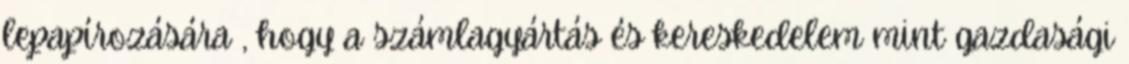
lepapírozására , hogy a számlagyártás és kereskedelem mint gazdasági